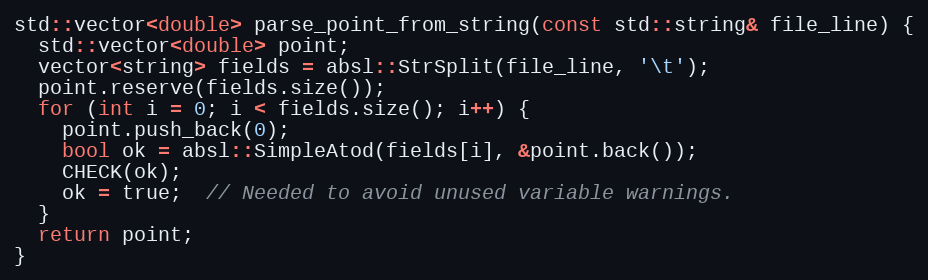
Language: C++
std::vector<double> parse_point_from_string(const std::string& file_line) {
  std::vector<double> point;
  vector<string> fields = absl::StrSplit(file_line, '\t');
  point.reserve(fields.size());
  for (int i = 0; i < fields.size(); i++) {
    point.push_back(0);
    bool ok = absl::SimpleAtod(fields[i], &point.back());
    CHECK(ok);
    ok = true;  // Needed to avoid unused variable warnings.
  }
  return point;
}